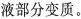
液部分变质。